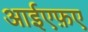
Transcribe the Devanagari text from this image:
आईएफ़ए